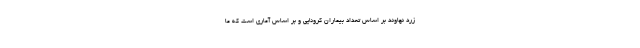
زرد نهاوند بر اساس تعداد بیماران کرونایی و بر اساس آماری است که ما